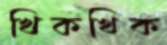
খিকখিক